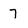
Character: 7